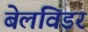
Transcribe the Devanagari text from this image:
बेलविडर